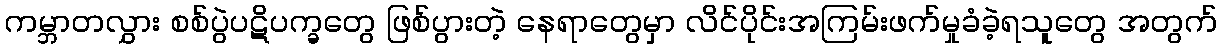
ကမ္ဘာတလွှား စစ်ပွဲပဋိပက္ခတွေ ဖြစ်ပွားတဲ့ နေရာတွေမှာ လိင်ပိုင်းအကြမ်းဖက်မှုခံခဲ့ရသူတွေ အတွက်